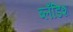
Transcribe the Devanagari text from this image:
ब्लँडिश